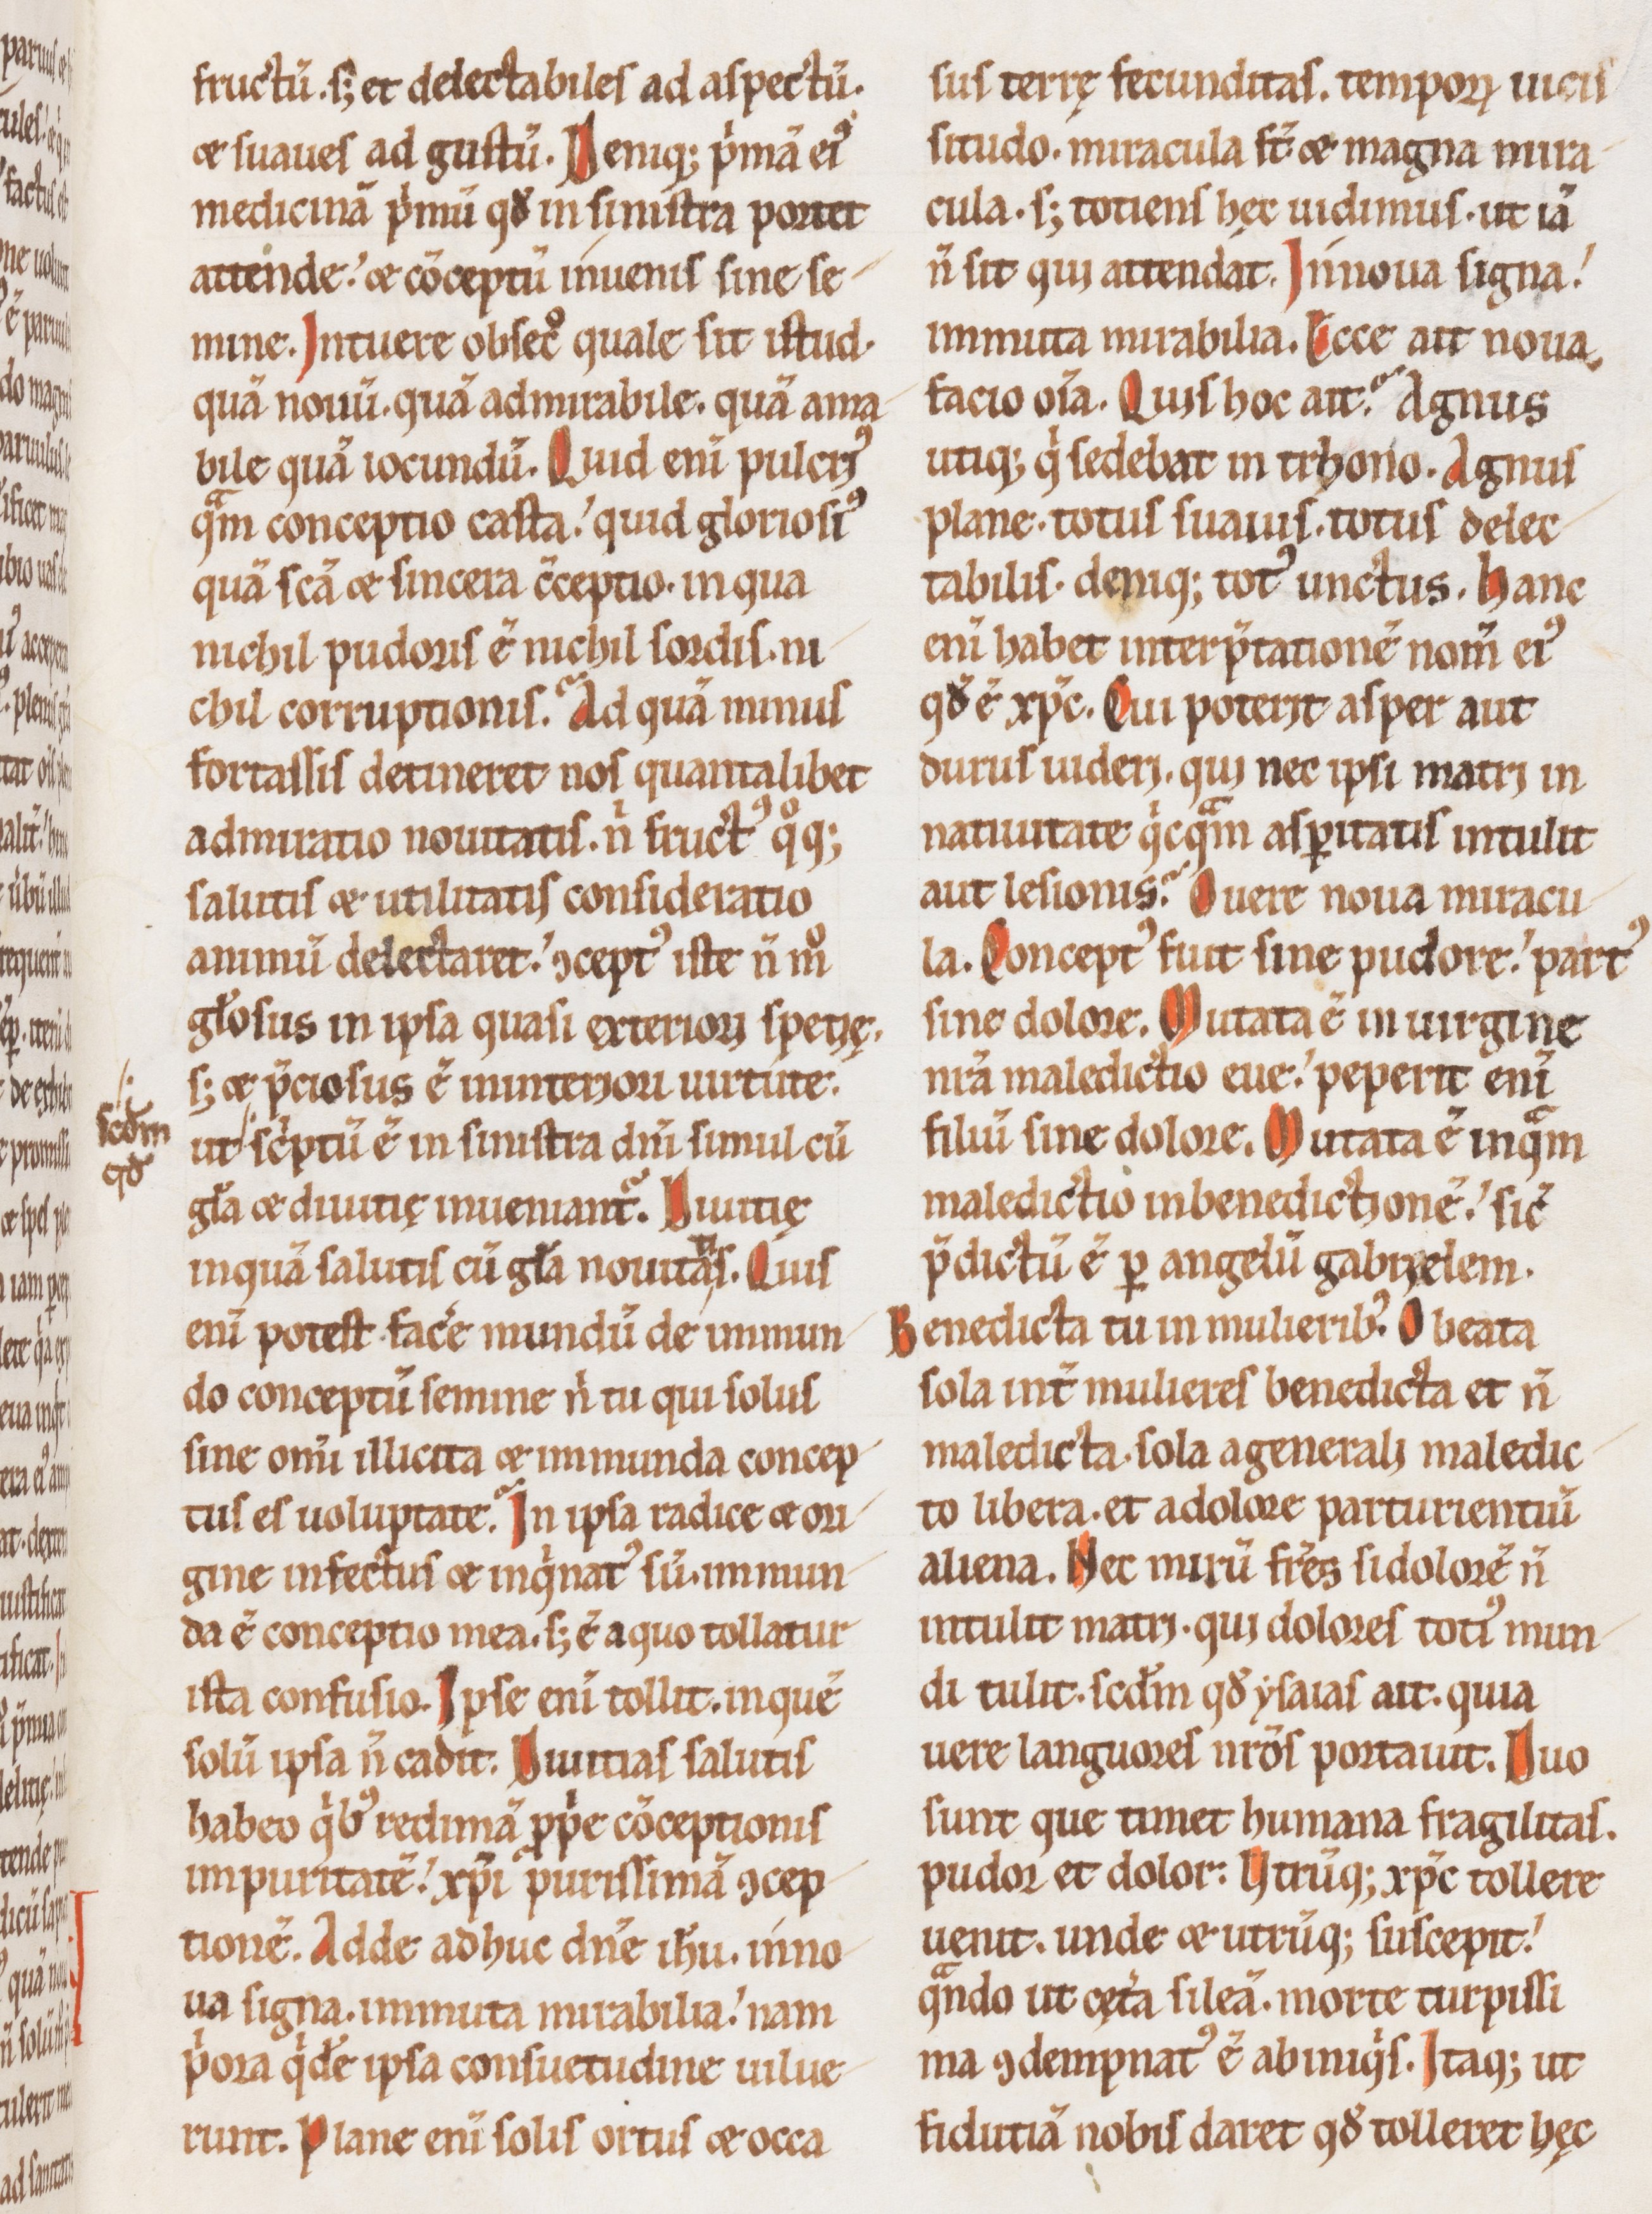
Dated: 1100–1199